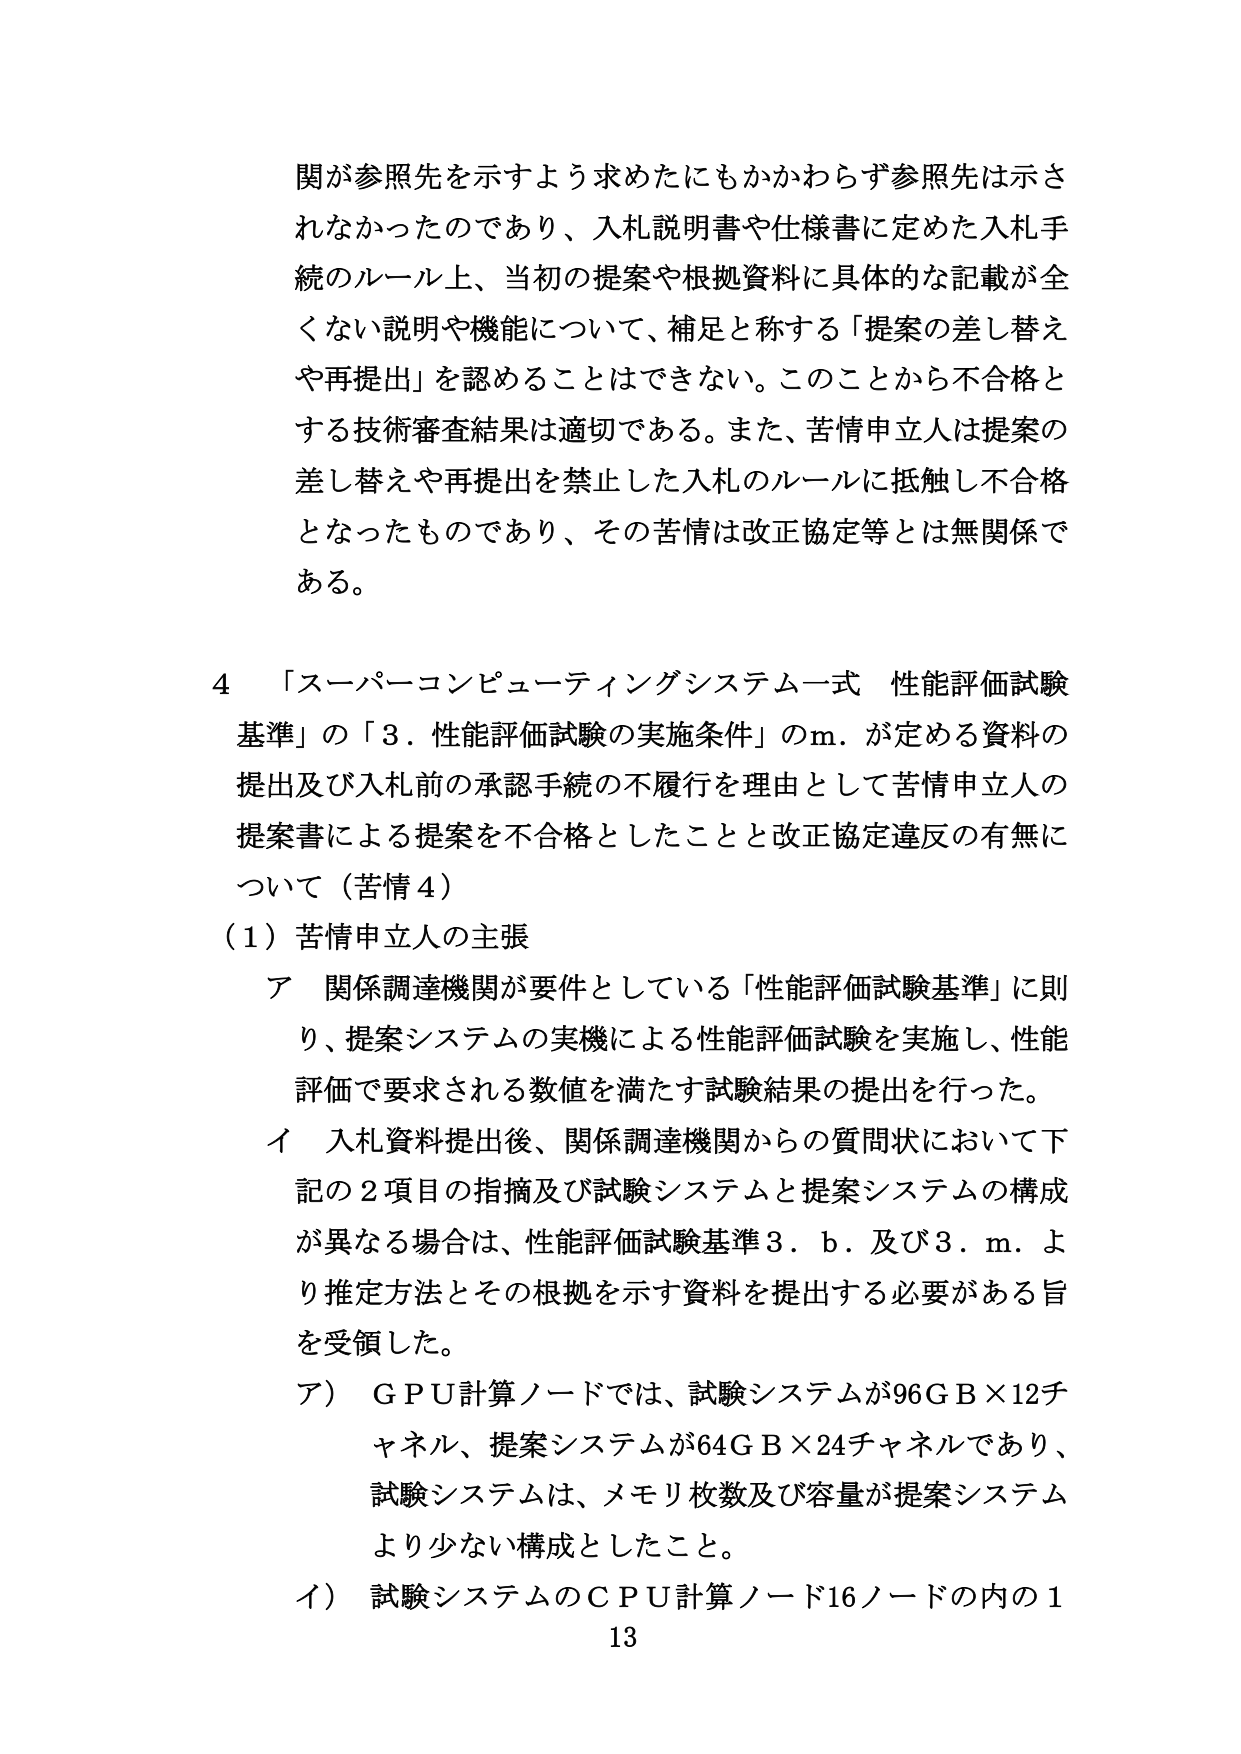
関が参照先を示すよう求めたにもかかわらず参照先は示されなかったのであり、入札説明書や仕様書に定めた入札手続のルール上、当初の提案や根拠資料に具体的な記載が全くない説明や機能について、補足と称する「提案の差し替えや再提出」を認めることはできない。このことから不合格とする技術審査結果は適切である。また、苦情申立人は提案の差し替えや再提出を禁止した入札のルールに抵触し不合格となったものであり、その苦情は改正協定等とは無関係である。

4 「スーパーコンピューティングシステム一式 性能評価試験基準」の「3．性能評価試験の実施条件」のm．が定める資料の提出及び入札前の承認手続の不履行を理由として苦情申立人の提案書による提案を不合格としたことと改正協定違反の有無について（苦情4）

（1）苦情申立人の主張

ア 関係調達機関が要件としている「性能評価試験基準」に則り、提案システムの実機による性能評価試験を実施し、性能評価で要求される数値を満たす試験結果の提出を行った。

イ 入札資料提出後、関係調達機関からの質問状において下記の2項目の指摘及び試験システムと提案システムの構成が異なる場合は、性能評価試験基準3．b．及び3．m．より推定方法とその根拠を示す資料を提出する必要がある旨を受領した。

ア） GPU計算ノードでは、試験システムが96GB×12チャネル、提案システムが64GB×24チャネルであり、試験システムは、メモリ枚数及び容量が提案システムより少ない構成としたこと。

イ） 試験システムのCPU計算ノード16ノードの内の1

13